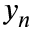
y _ { n }